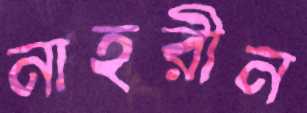
নাহরীন